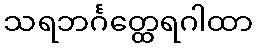
သရဘင်္ဂတ္ထေရဂါထာ